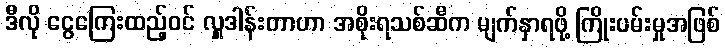
ဒီလို ငွေကြေးထည့်ဝင် လှူဒါန်းတာဟာ အစိုးရသစ်ဆီက မျက်နှာရဖို့ ကြိုးပမ်းမှုအဖြစ်